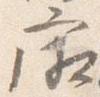
廂